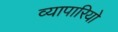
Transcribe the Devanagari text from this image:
व्यापारियो